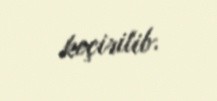
keçirilib.